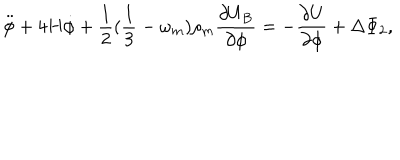
\ddot { \phi } + 4 H \dot { \phi } + \frac { 1 } { 2 } ( \frac { 1 } { 3 } - \omega _ { m } ) \rho _ { m } \frac { \partial U _ { B } } { \partial \phi } = - \frac { \partial U } { \partial \phi } + \Delta \Phi _ { 2 } ,